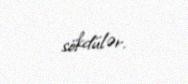
sökdülər.